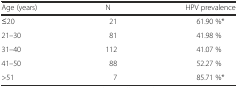
<table><thead><tr><td><b>Age (years)</b></td><td><b>N</b></td><td><b>HPV prevalence</b></td></tr></thead><tbody><tr><td>≤20</td><td>21</td><td>61.90 %*</td></tr><tr><td>21–30</td><td>81</td><td>41.98 %</td></tr><tr><td>31–40</td><td>112</td><td>41.07 %</td></tr><tr><td>41–50</td><td>88</td><td>52.27 %</td></tr><tr><td>&gt;51</td><td>7</td><td>85.71 %*</td></tr></tbody></table>